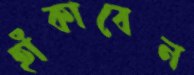
হাঁকাবেন